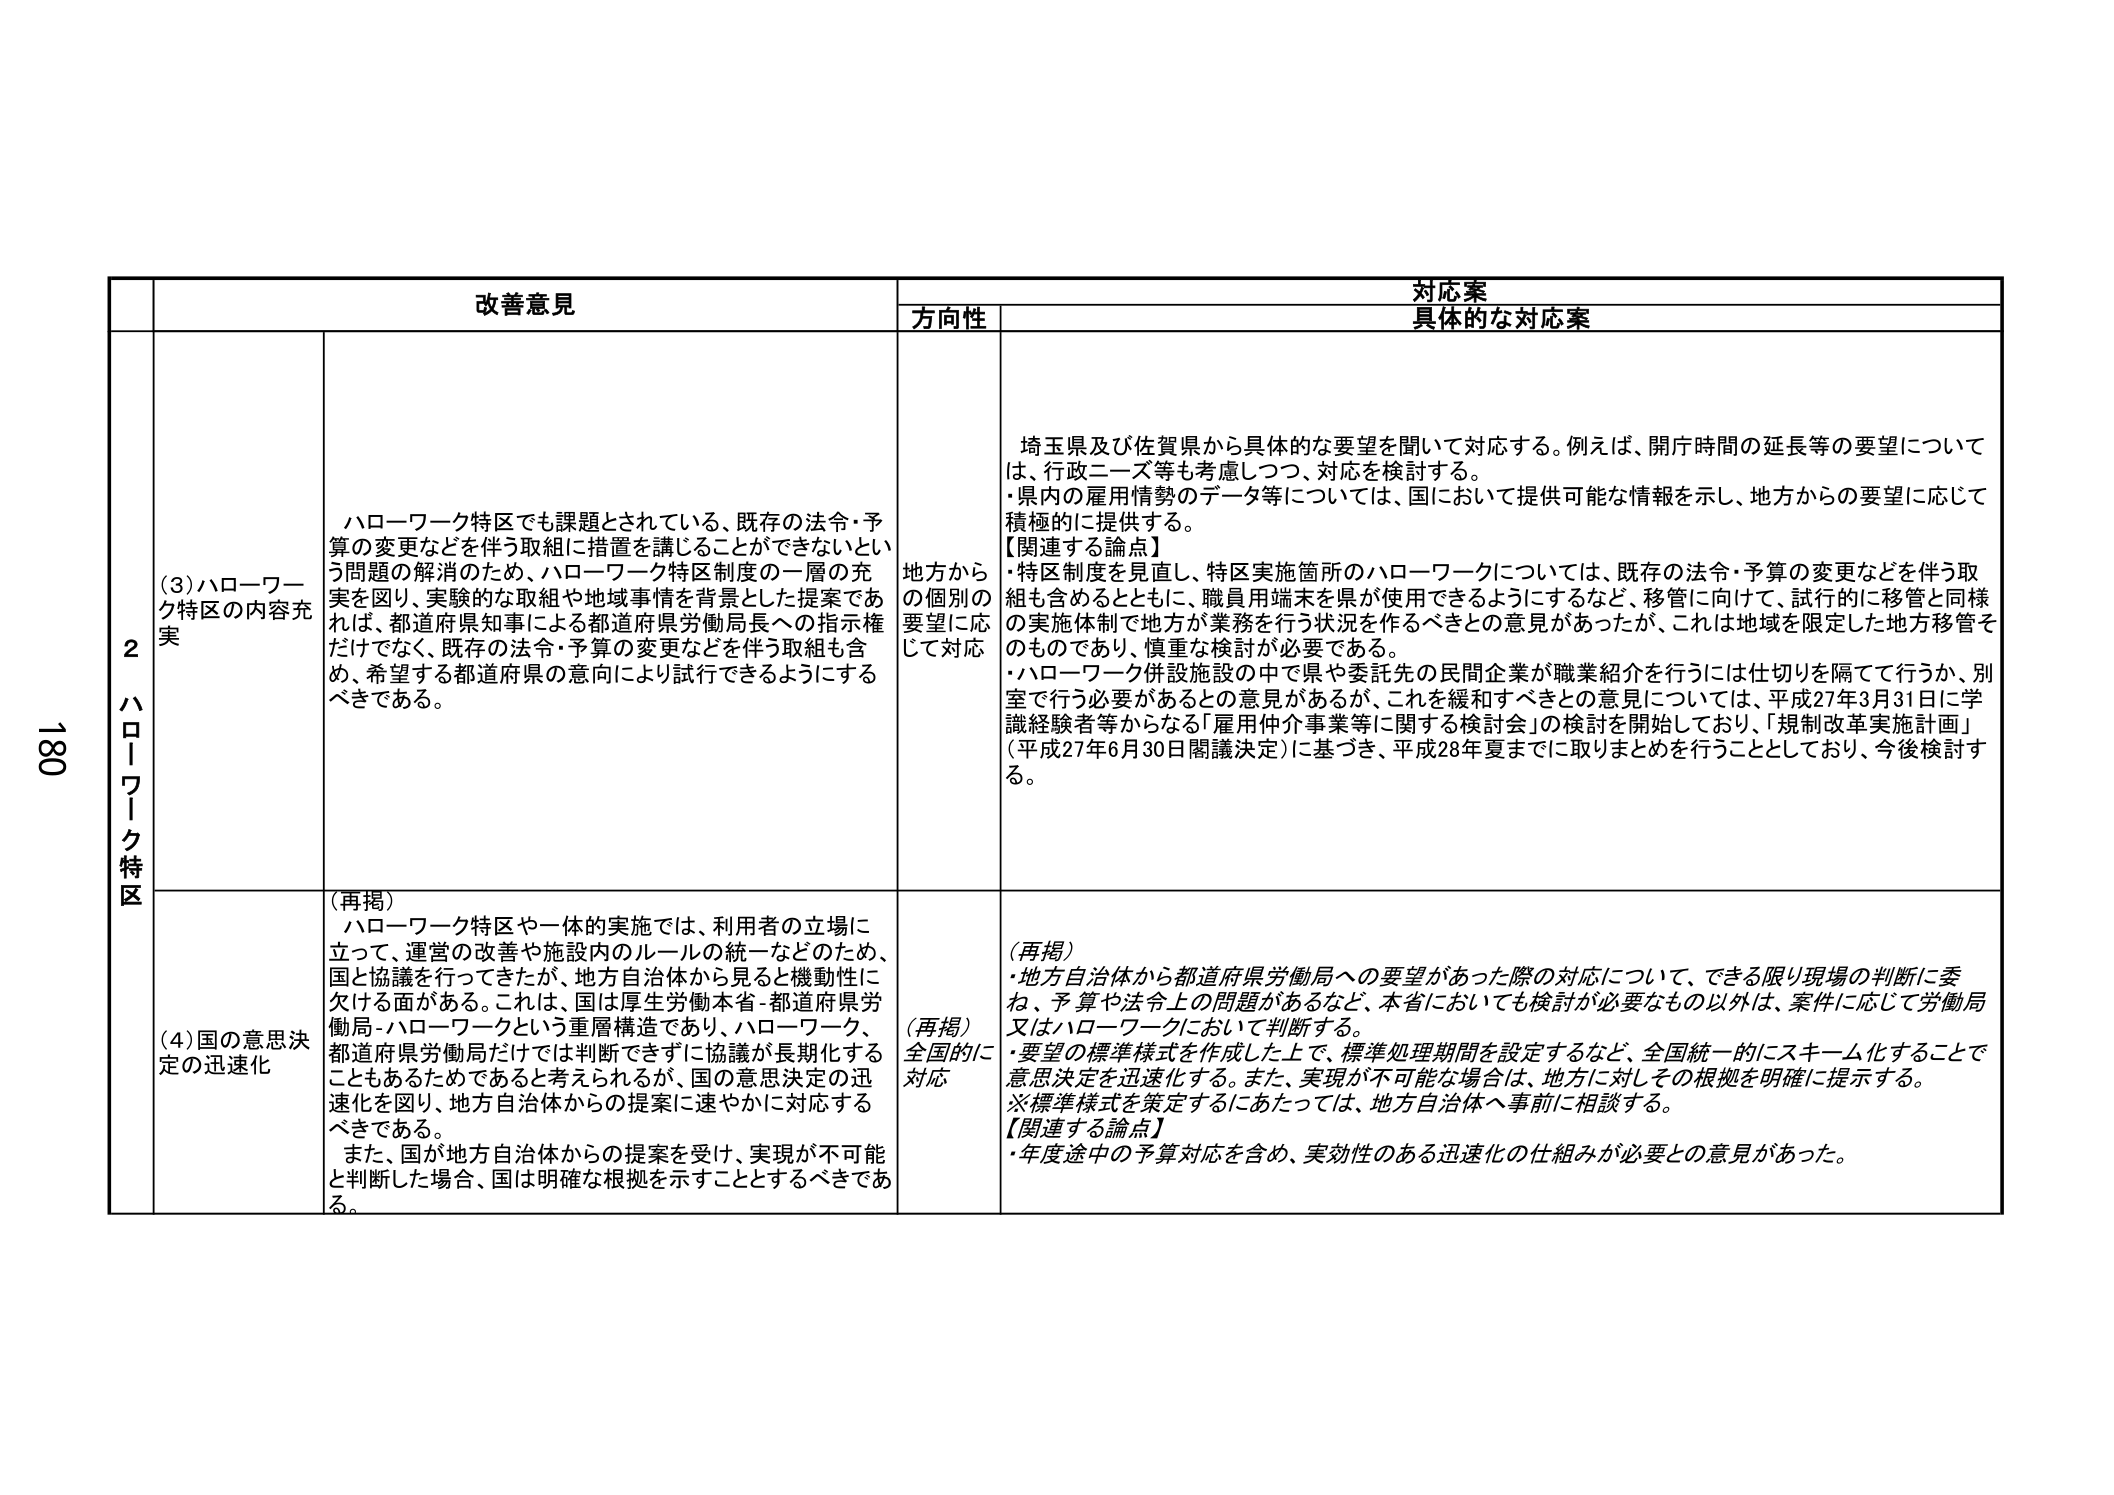
180
2 ハローワーク特区
改善意見
対応案
方向性
具体的な対応案
(3) ハローワーク特区の内容充実
ハローワーク特区でも課題とされている、既存の法令・予算の変更などを伴う取組に措置を講じることができないという問題の解消のため、ハローワーク特区制度の一層の充実を図り、実験的な取組や地域事情を背景とした提案であれば、都道府県知事による都道府県労働局長への指示権だけでなく、既存の法令・予算の変更などを伴う取組も含め、希望する都道府県の意向により試行できるようにすべきである。
地方からの個別の要望に応じて対応
埼玉県及び佐賀県から具体的な要望を聞いて対応する。例えば、開庁時間の延長等の要望については、行政ニーズ等も考慮しつつ、対応を検討する。
・県内の雇用情勢のデータ等については、国において提供可能な情報を示し、地方からの要望に応じて積極的に提供する。
【関連する論点】
・特区制度を見直し、特区実施箇所のハローワークについては、既存の法令・予算の変更などを伴う取組も含めるとともに、職員用端末を県が使用できるようにするなど、移管に向けて、試行的に移管と同様の実施体制で地方が業務を行う状況を作るべきとの意見があったが、これは地域を限定した地方移管そのものであり、慎重な検討が必要である。
・ハローワーク併設施設の中で県や委託先の民間企業が職業紹介を行うには仕切りを隔てて行うか、別室で行う必要があるとの意見があるが、これを緩和すべきとの意見については、平成27年3月31日に学識経験者等からなる「雇用仲介事業等に関する検討会」の検討を開始しており、「規制改革実施計画」（平成27年6月30日閣議決定）に基づき、平成28年夏までに取りまとめを行うこととしており、今後検討する。
(4) 国の意思決定の迅速化
(再掲)
ハローワーク特区や一体的実施では、利用者の立場に立って、運営の改善や施設内のルールの統一などのため、国と協議を行ってきたが、地方自治体から見ると機動性に欠ける面がある。これは、国は厚生労働本省-都道府県労働局-ハローワークという重層構造であり、ハローワーク、都道府県労働局だけでは判断できず、協議が長期化することもあたるためであると考えられるが、国の意思決定の迅速化を図り、地方自治体からの提案に速やかに対応するべきである。
また、国が地方自治体からの提案を受け、実現が不可能と判断した場合、国は明確な根拠を示すこととするべきである。
(再掲)
全国的に対応
(再掲)
・地方自治体から都道府県労働局への要望があった際の対応について、できる限り現場の判断に委ね、予算や法令上の問題があるなど、本省においても検討が必要なもの以外は、案件に応じて労働局又はハローワークにおいて判断する。
・要望の標準様式を作成した上で、標準処理期間を設定するなど、全国統一的にスキーム化することで意思決定を迅速化する。また、実現が不可能な場合は、地方に対してその根拠を明確に提示する。
※標準様式を策定するにあたっては、地方自治体へ事前に相談する。
【関連する論点】
・年度途中の予算対応を含め、実効性のある迅速化の仕組みが必要との意見があった。